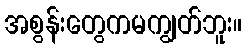
အစွန်းတွေကမကျွတ်ဘူး။